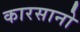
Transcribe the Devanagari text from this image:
कारसानो